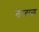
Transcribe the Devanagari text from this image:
तेरदाळ